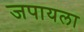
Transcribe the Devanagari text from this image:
जपायला